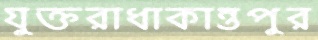
যুক্তরাধাকান্তপুর